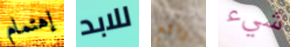
إهتمام للابد رائع شيء